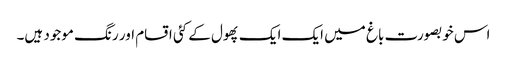
اس خوبصورت باغ میں ایک ایک پھول کے کئی اقسام اور رنگ موجود ہیں۔